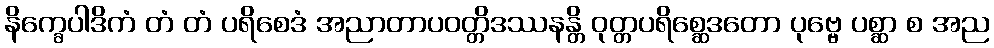
နိက္ခေပါဒိကံ တံ တံ ပရိစေဒံ အညာတာပဝတ္တိဒဿနန္တိ ဝုတ္တပရိစ္ဆေဒတော ပုဗ္ဗေ ပစ္ဆာ စ အည